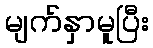
မျက်နှာမူပြီး